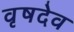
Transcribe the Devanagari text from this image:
वृषदेव